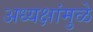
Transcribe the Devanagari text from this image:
अध्यक्षांमुळे